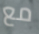
مع